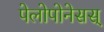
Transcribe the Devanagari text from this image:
पेलोपोनेसस्